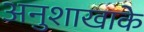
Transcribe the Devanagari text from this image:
अनुशाखाके